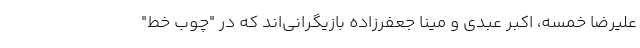
علیرضا خمسه، اکبر عبدی و مینا جعفرزاده بازیگرانی‌اند که در "چوب خط"